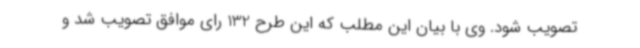
تصویب شود. وی با بیان این مطلب که این طرح 132 رای موافق تصویب شد و